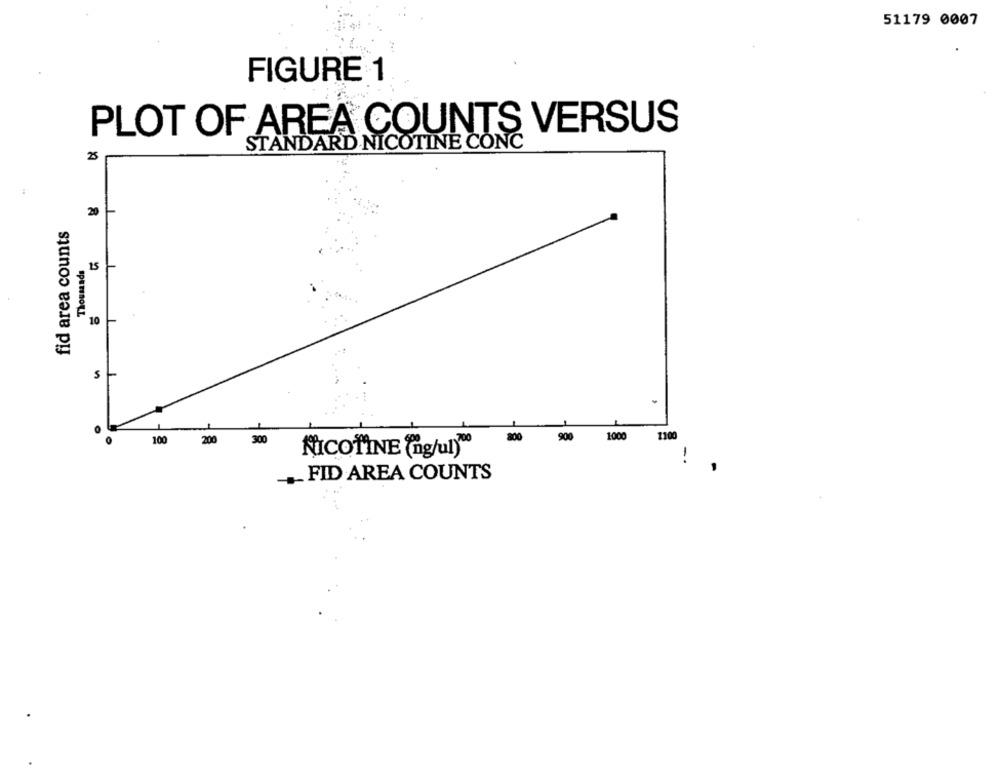
51179 0007
FIGURE 1
PLOT OF AREA COUNTS VERSUS
STANDARD NICOTINE CONC
20
fid area counts
Thousands
15
10
S
800
900
1000
1100
100
200
300
NICOTINE (agul)"
-
FID AREA COUNTS